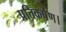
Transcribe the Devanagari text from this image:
प्रतिकर्षण।